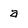
Character: a